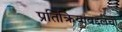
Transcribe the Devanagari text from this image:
प्रतिक्रियांबद्दलची